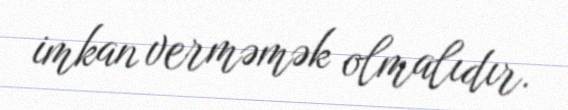
imkan verməmək olmalıdır.